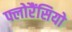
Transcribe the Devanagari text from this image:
फ्लोरैंसियो